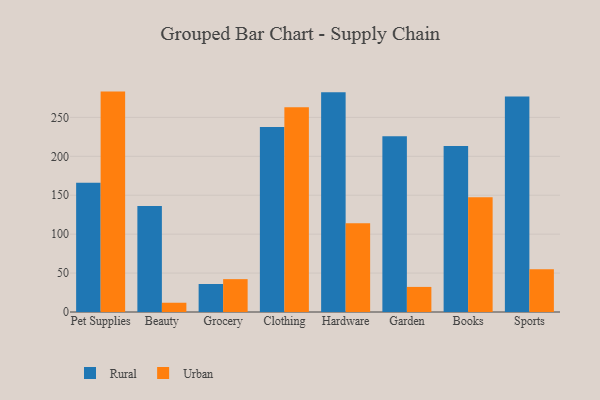
{"axis": {"x": "Category", "y": "Gross Profit (USD K)"}, "legend": ["Rural", "Urban"], "data": [{"x": "Pet Supplies", "y": 166.1, "type": "Rural"}, {"x": "Pet Supplies", "y": 283.1, "type": "Urban"}, {"x": "Beauty", "y": 136.0, "type": "Rural"}, {"x": "Beauty", "y": 11.9, "type": "Urban"}, {"x": "Grocery", "y": 36.0, "type": "Rural"}, {"x": "Grocery", "y": 42.2, "type": "Urban"}, {"x": "Clothing", "y": 237.6, "type": "Rural"}, {"x": "Clothing", "y": 263.1, "type": "Urban"}, {"x": "Hardware", "y": 282.4, "type": "Rural"}, {"x": "Hardware", "y": 114.0, "type": "Urban"}, {"x": "Garden", "y": 225.6, "type": "Rural"}, {"x": "Garden", "y": 32.2, "type": "Urban"}, {"x": "Books", "y": 213.3, "type": "Rural"}, {"x": "Books", "y": 147.4, "type": "Urban"}, {"x": "Sports", "y": 276.7, "type": "Rural"}, {"x": "Sports", "y": 55.0, "type": "Urban"}]}